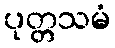
ပုတ္တသမံ